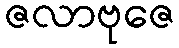
ဇလာဗုဇေ